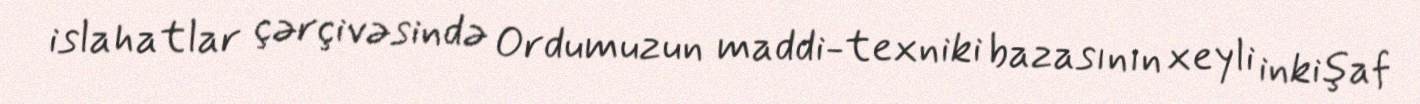
islahatlar çərçivəsində Ordumuzun maddi-texniki bazasının xeyli inkişaf